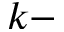
k -